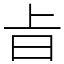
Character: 㫖